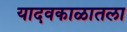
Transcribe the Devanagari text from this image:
यादवकाळातला